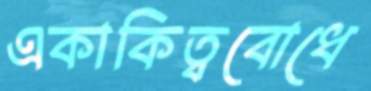
একাকিত্ববোধে